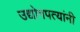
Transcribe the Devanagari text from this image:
उद्योगपत्यांनी